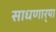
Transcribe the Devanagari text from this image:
साधणार्‍या